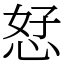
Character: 恏